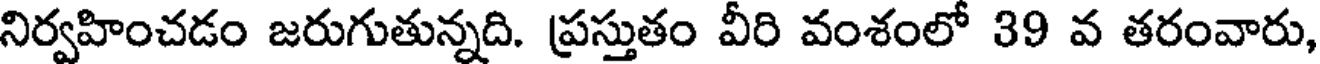
నిర్వహించడం జరుగుతున్నది. ప్రస్తుతం వీరి వంశంలో 39 వ తరంవారు,